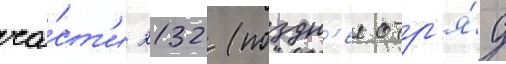
ча́ст'и 2132 (поздн'ее отр'я́д